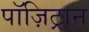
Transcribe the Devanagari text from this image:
पॉज़िट्रान